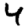
Digit: 4